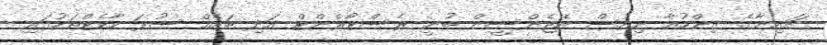
ޗައިނާގެ ޒިންހުއާ ނިއުސް އެޖެންސީން ބުނީ ރެސްޓޯރެންޓް އަދި ބައެއް ސުޕަ މާކެޓްތަކުގައި